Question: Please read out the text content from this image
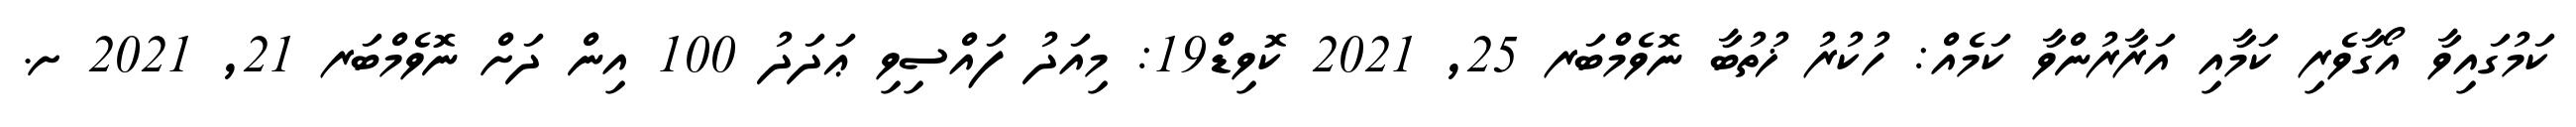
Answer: ކަމުގައިވާ އޯގާވެރި ކަމާއި އަރާރުންވާ ކަމެއް: ހުކުރު ޚުތުބާ ނޮވެމްބަރ 25, 2021 ކޮވިޑް19: މިއަދު ފައްސިވި ޢަދަދު 100 އިން ދަށް ނޮވެމްބަރ 21, 2021 ށ.